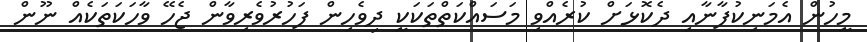
މީހުން އެމަނިކުފާނާއި ދެކޮޅަށް ކުރެއްވި މަސައްކަތްތަކަކީ ދިވެހިން ފަހުރުވެރިވާން ޖެހޭ ވާހަކަތަކެއް ނޫން